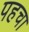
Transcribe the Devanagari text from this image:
पहचा